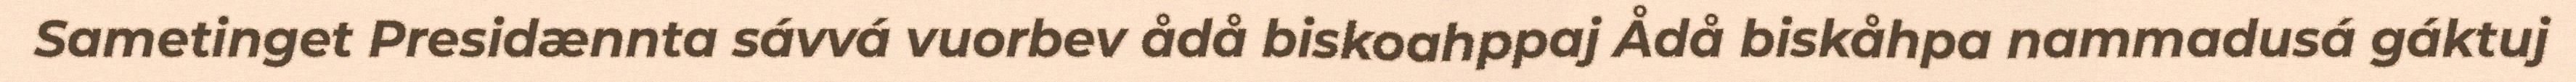
Sametinget Presidænnta sávvá vuorbev ådå biskoahppaj Ådå biskåhpa nammadusá gáktuj